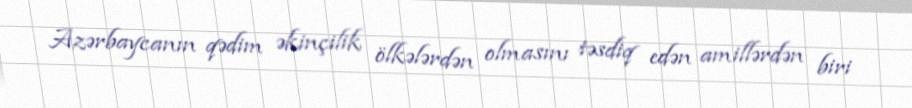
Azərbaycanın qədim əkinçilik ölkələrdən olmasını təsdiq edən amillərdən biri